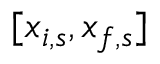
[ x _ { i , s } , x _ { f , s } ]